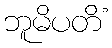
ဘူမိပတိံ